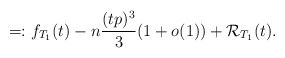
\begin{align*}=: f_{T_1}(t)-n\frac{(tp)^3}{3}(1+o(1))+ {\cal R}_{T_1}(t). \end{align*}